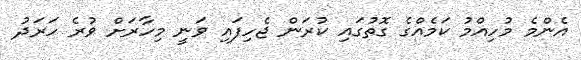
އެންމެ މުހިއްމު ކަމެއްގެ ގޮތުގައި ކުރަން ޖެހިފައި ވަނީ މިހާރަށް ވުރެ ހަރަދު